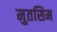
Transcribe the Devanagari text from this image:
मुतसिम